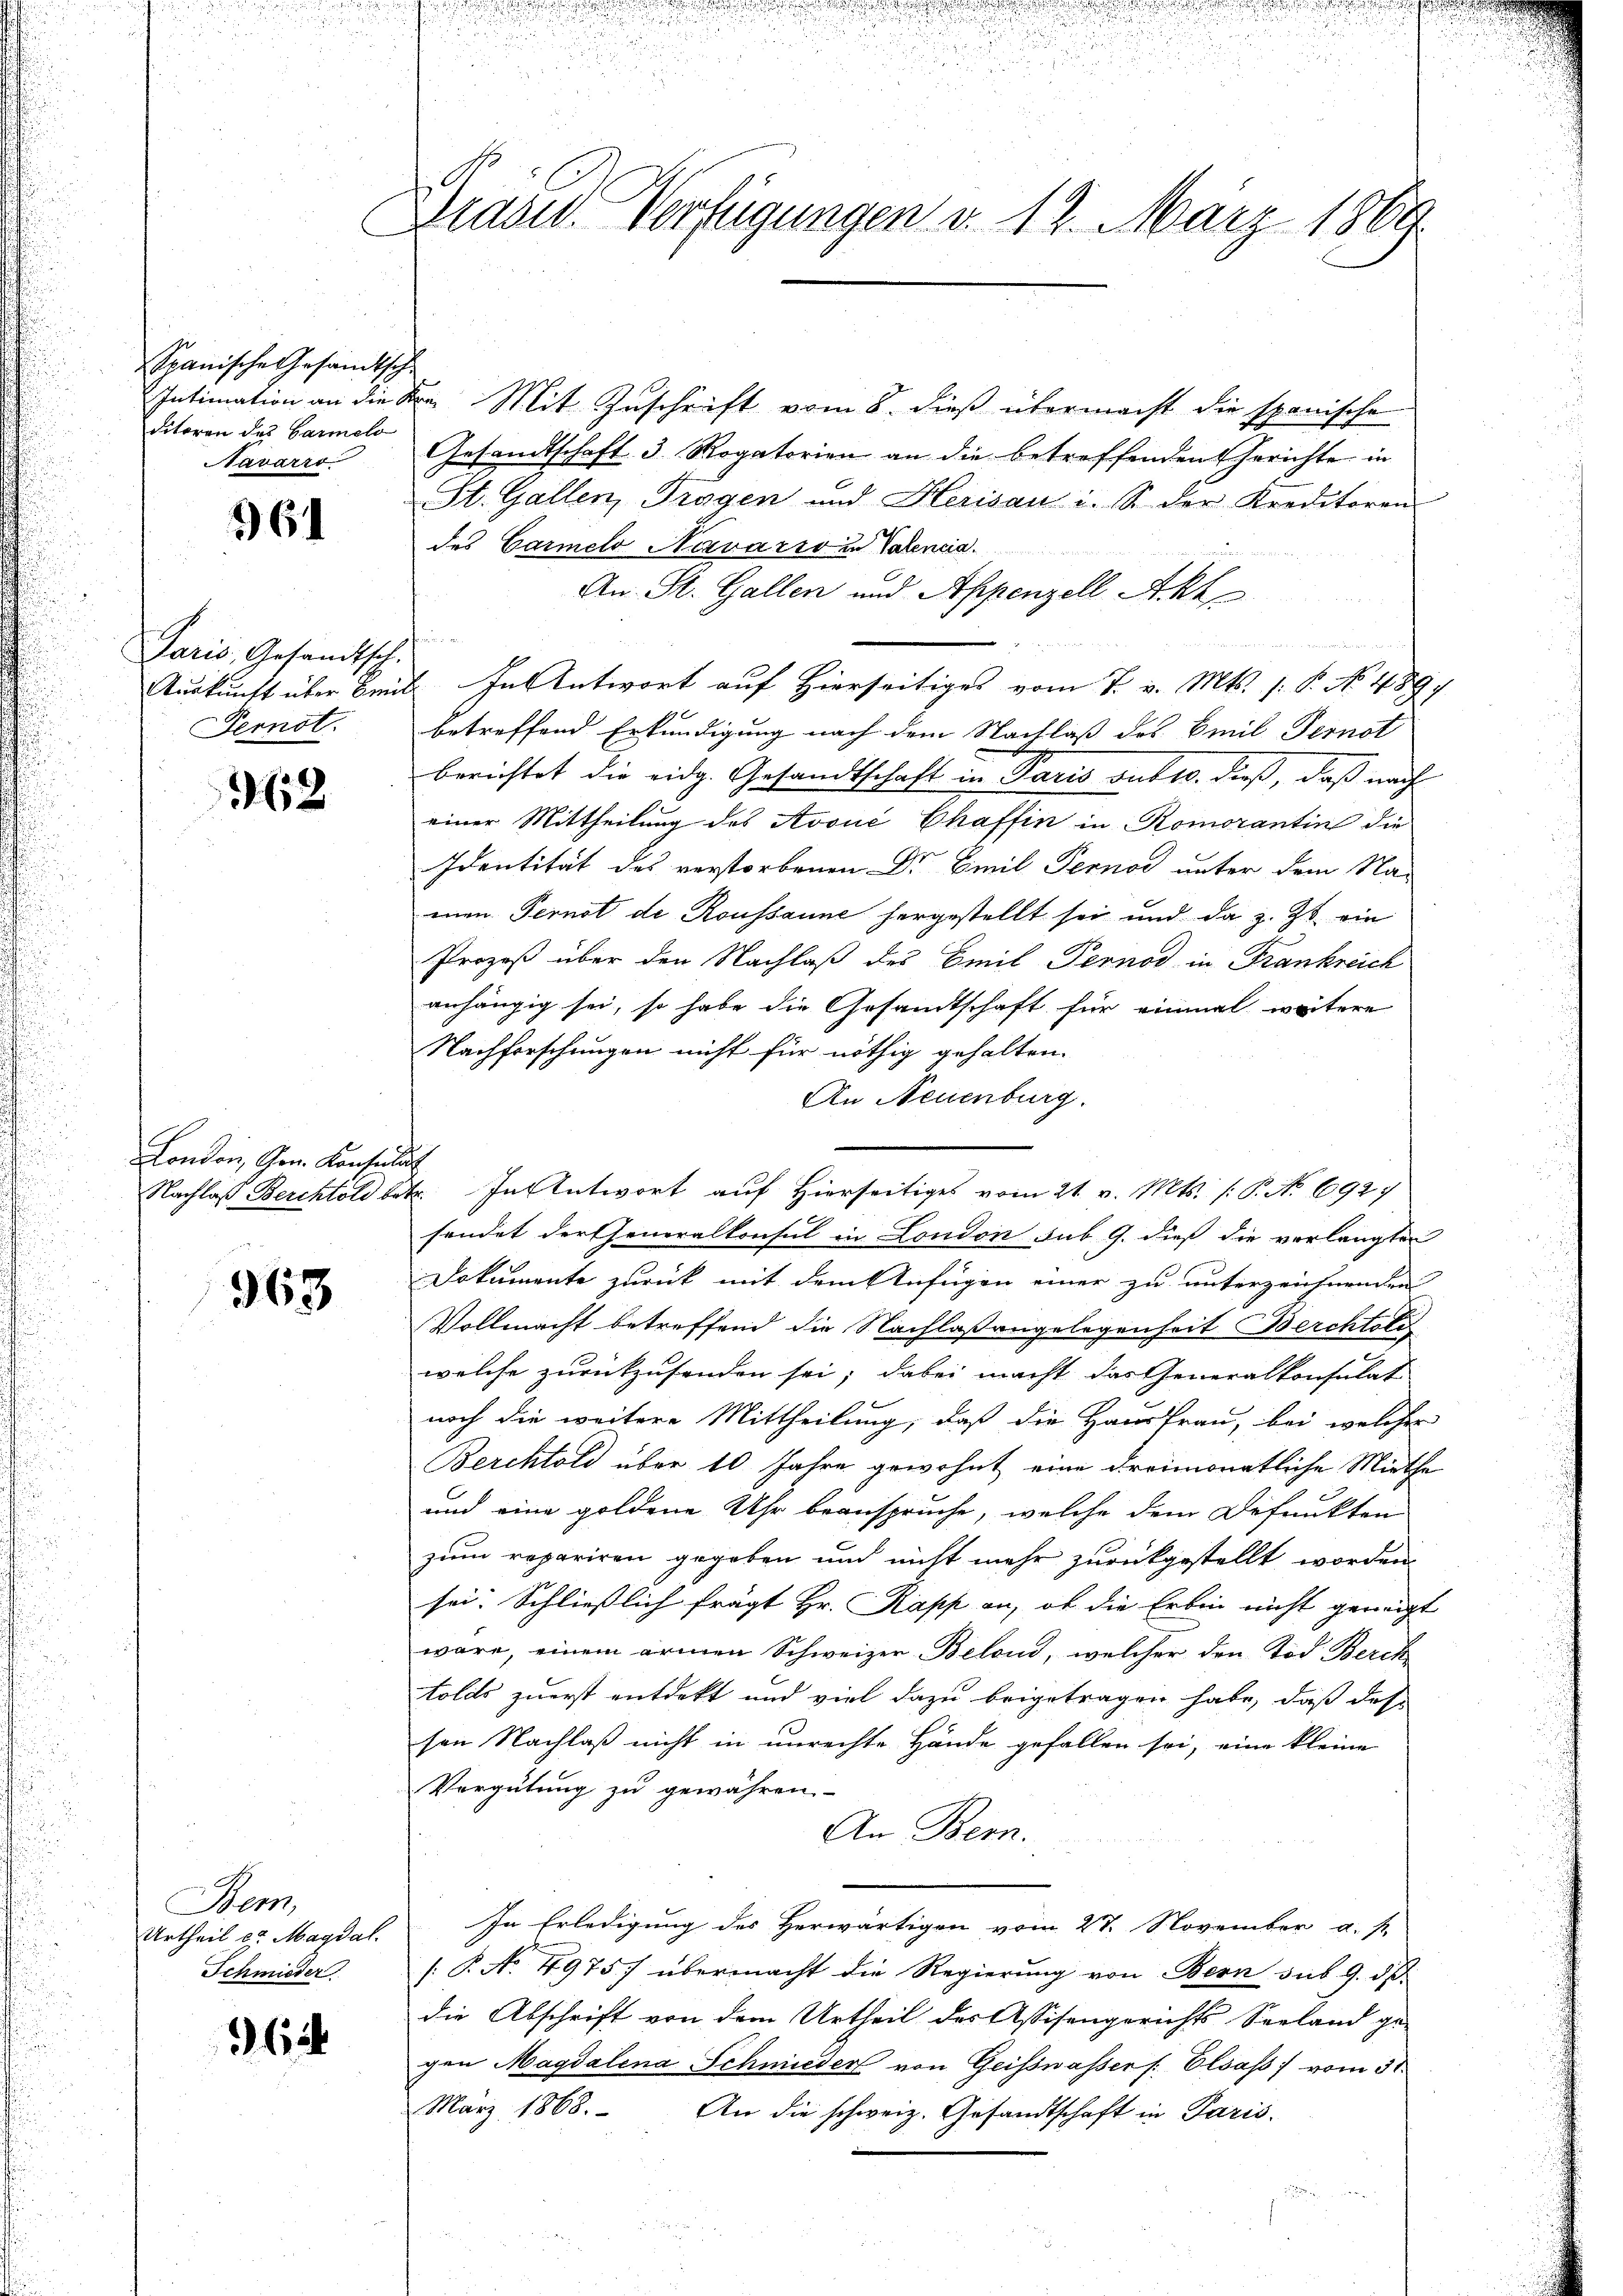
Spanische Gesandtsche
ditoren des Carmelo
Navarro

61

Paris, Gesandtsch.
Pernot.

362

London, Gem. Konsult

963

Bem,
Urtheil er Magdal
Schmieder

362

Brand. Verfügungen d. 12. März 1869

Intimation an die Dr. Mit Zuschrift vom 8. dieß übermacht die spanische
Gesandtschaft 3 Rogatorien an die betreffenden Gerichte in
St. Gallen, Tragen und Herisau i. S. der Kreditoren
des Carmels Neuaris in Valencia
An St. Gallen und Appenzell Akk
fru
Auskunft über beit. In Antwort auf Hierseitiges vom 7. v. Mts. s. S. No. 489,
betreffend Erkundigung nach dem Nachlaß des Breil Fernot
berichtet die eidg. Gesandtschaft in Paris sub 10. dieß, daß nach
einer Mittheilung des Avoué Chaffin in Romorantin die
Identität des verstorbenen Dr Emil Pernod unter dem Na-
men Pernot de Roussaune hergestellt sei und da z. Zt. ein
Prozeß über den Nachlaß des Emil Pernod in Frankreich
anhängig sei, so habe die Gesamtschaft für einmal weitere
Nachforschungen nicht für nöthig gehalten.
An Neuenburg.
Nachlaß Berchtold betr. In Antwort auf Hierseitiges vom 21. v. Mts. (: P. No 6927
sendet der Generalkonsul in London sub. 9. dieß die verlangten
Dokumente zurück mit dem Anfügen einer zu unterzeichnenden
Vollmacht betreffend die Nachlaßangelegenheit Berchtoli
welche zurückzusenden sei; dabei macht das Generalkonsulat
noch die weitere Mittheilung, daß die Hausfrau, bei welcher
Berchtold über 10 Jahre gewohnt, eine dreimonatliche Miethe
und eine goldene Uhr beanspruche, welche dem Befunkten
zum repariren gegeben und nicht mehr zurückgestellt worden
sei: Schliesslich frägt Hr. Rapp an, ob die Erbin nicht geneigt
wäre, einem armen Schweizer-Belond, welcher den Tod. Berch
tolits zuerst entdekt und viel dazu beigetragen habe, daß das
sen Nachlaß nicht in unrechte Hände gefallen sei, eine kleine
Vergütung zu gewähren.
An Bern.
In Erledigung des Herwärtigen vom 27. November a. s.
. P. No 4975) übermacht die Regierung von Bern sub 9. dß.
die Abschrift von dem Urtheil des Assisengerichts Seeland ge-
gen Magdalena Schmieder von Geisswasser /: Elsass vom 5te
März 1868. An die schweiz. Gesandtschaft in Paris.